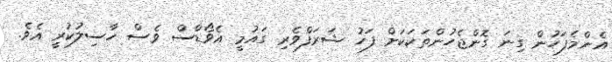
އެންމެފަހުން ގިނަ ގޮންޖެހުންތަކަކަށް ފަހު ޝަރަފްވެރި ގައުމީ އެވޯޑްސް ވެސް ހާސިލުކުރީ އެވެ.